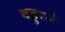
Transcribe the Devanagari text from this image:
बहुरुपे